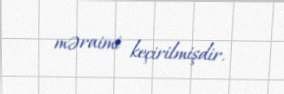
məraimi keçirilmişdir.